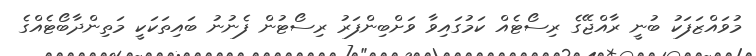
މުވައްޒަފަކު ބުނީ ރާއްޖޭގެ ރިސޯޓެއް ކަމުގައިވާ ވަށްބިންފަރު ރިސޯޓުން ފެނުނު ބައިތަކަކީ މަތިންދާބޯޓެއްގެ